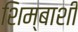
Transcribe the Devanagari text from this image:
शिम्बाशी